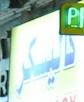
كاليسكر